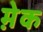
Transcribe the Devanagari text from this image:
मे़क